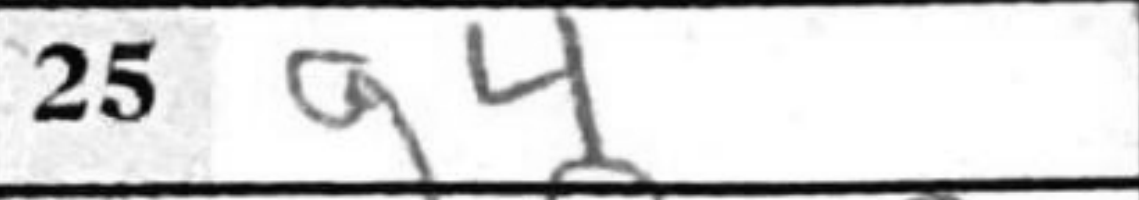
Transcription: g4